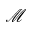
\mathcal { M }